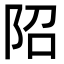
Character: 䧂